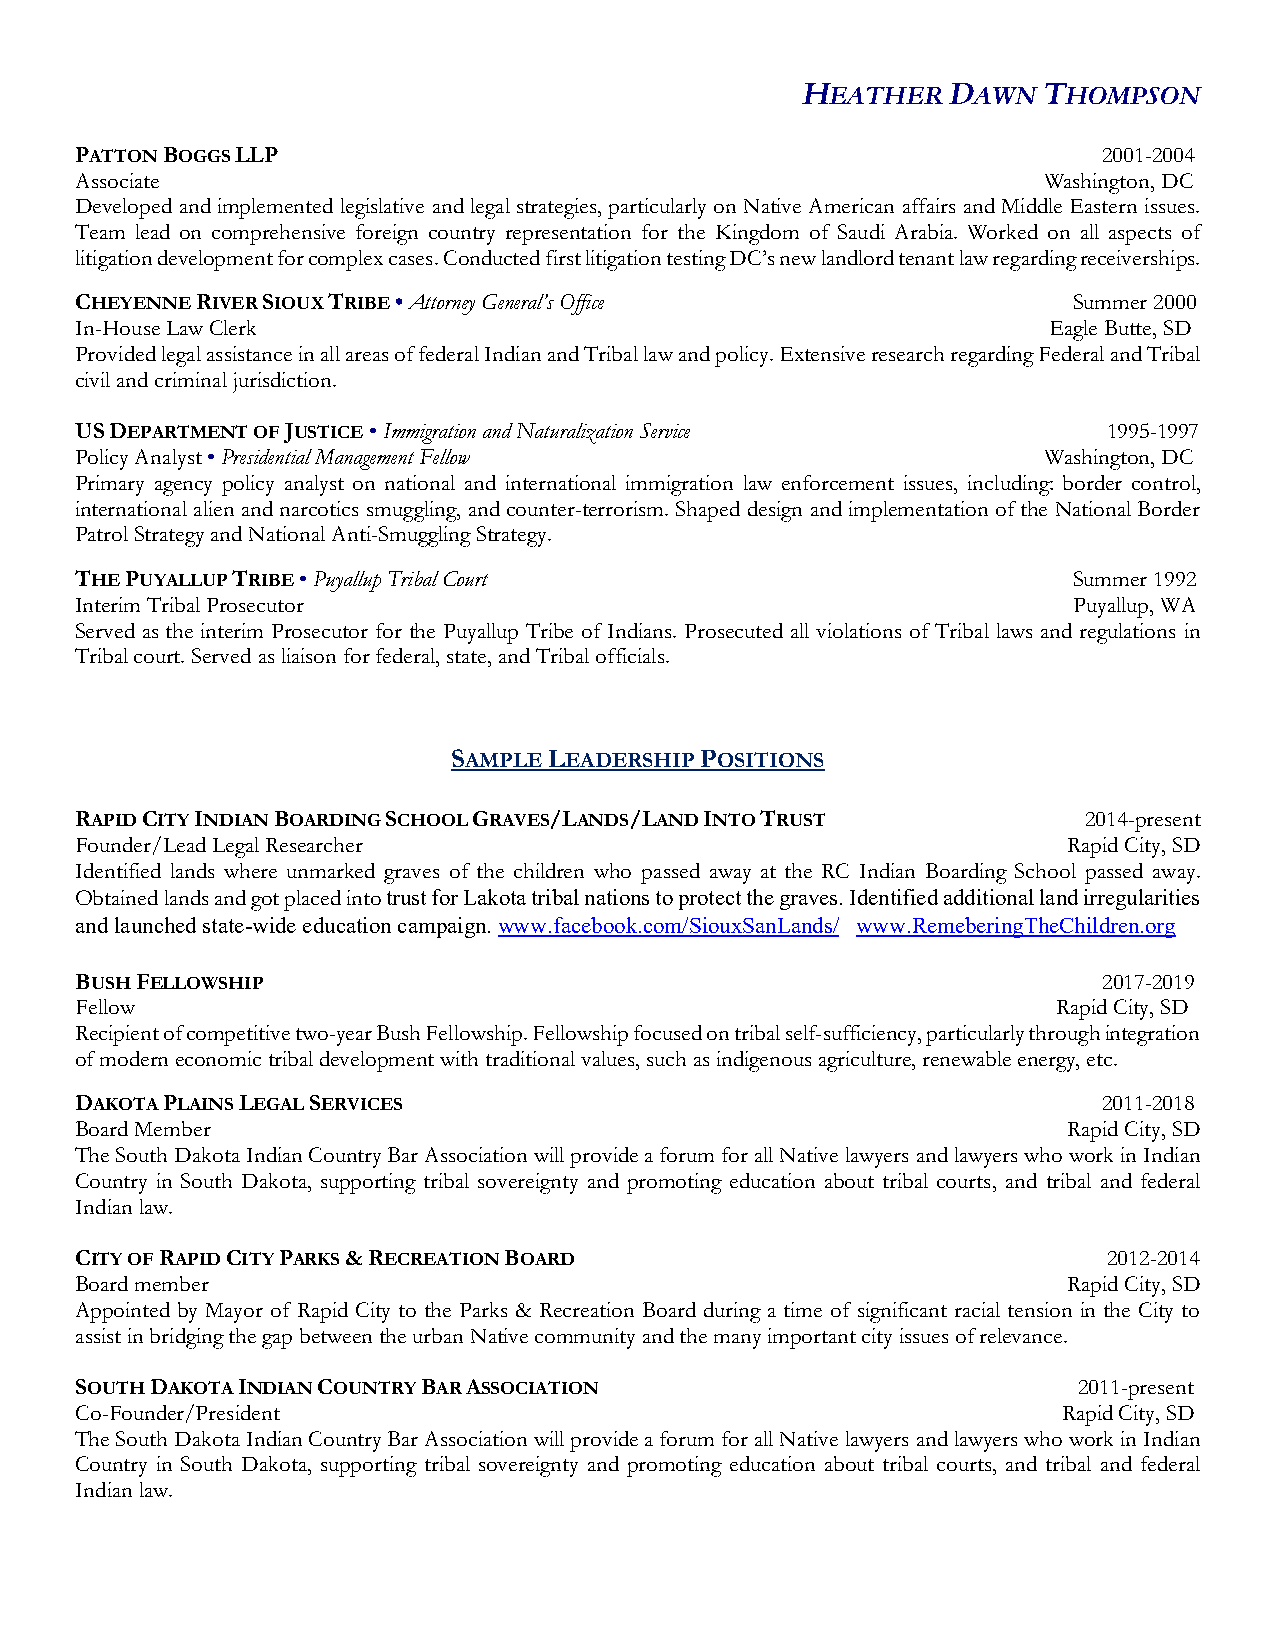
HEATHER   DAWN  THOMPSON
 PATTON BOGGS LLP                                                    2001-2004
 Associate                                                       Washington, DC
 Developed and implemented legislative and legal strategies, particularly on Native American affairs and Middle Eastern issues.
 Team lead on comprehensive foreign country representation for the Kingdom of Saudi Arabia. Worked on all aspects of
 litigation development for complex cases. Conducted first litigation testing DC’s new landlord tenant law regarding receiverships.
 CHEYENNE RIVER SIOUX TRIBE • Attorney General’s Office            Summer 2000
 In-House Law Clerk                                              Eagle Butte, SD
 Provided legal assistance in all areas of federal Indian and Tribal law and policy. Extensive research regarding Federal and Tribal
 civil and criminal jurisdiction.
 US DEPARTMENT OF JUSTICE • Immigration and Naturalization Service   1995-1997
 Policy Analyst • Presidential Management Fellow                 Washington, DC
 Primary agency policy analyst on national and international immigration law enforcement issues, including: border control,
 international alien and narcotics smuggling, and counter-terrorism. Shaped design and implementation of the National Border
 Patrol Strategy and National Anti-Smuggling Strategy.
 THE PUYALLUP TRIBE • Puyallup Tribal Court                        Summer 1992
 Interim Tribal Prosecutor                                         Puyallup, WA
 Served as the interim Prosecutor for the Puyallup Tribe of Indians. Prosecuted all violations of Tribal laws and regulations in
 Tribal court. Served as liaison for federal, state, and Tribal officials.
 SAMPLE LEADERSHIP POSITIONS
 RAPID CITY INDIAN BOARDING SCHOOL GRAVES/LANDS/LAND INTO TRUST     2014-present
 Founder/Lead Legal Researcher                                     Rapid City, SD
 Identified lands where unmarked graves of the children who passed away at the RC Indian Boarding School passed away.
 Obtained lands and got placed into trust for Lakota tribal nations to protect the graves. Identified additional land irregularities
 and launched state-wide education campaign. www.facebook.com/SiouxSanLands/ www.RemeberingTheChildren.org
 BUSH FELLOWSHIP                                                     2017-2019
 Fellow                                                           Rapid City, SD
 Recipient of competitive two-year Bush Fellowship. Fellowship focused on tribal self-sufficiency, particularly through integration
 of modern economic tribal development with traditional values, such as indigenous agriculture, renewable energy, etc.
 DAKOTA PLAINS LEGAL SERVICES                                        2011-2018
 Board Member                                                      Rapid City, SD
 The South Dakota Indian Country Bar Association will provide a forum for all Native lawyers and lawyers who work in Indian
 Country in South Dakota, supporting tribal sovereignty and promoting education about tribal courts, and tribal and federal
 Indian law.
 CITY OF RAPID CITY PARKS & RECREATION BOARD                         2012-2014
 Board member                                                      Rapid City, SD
 Appointed by Mayor of Rapid City to the Parks & Recreation Board during a time of significant racial tension in the City to
 assist in bridging the gap between the urban Native community and the many important city issues of relevance.
 SOUTH DAKOTA INDIAN COUNTRY BAR ASSOCIATION                       2011-present
 Co-Founder/President                                             Rapid City, SD
 The South Dakota Indian Country Bar Association will provide a forum for all Native lawyers and lawyers who work in Indian
 Country in South Dakota, supporting tribal sovereignty and promoting education about tribal courts, and tribal and federal
 Indian law.